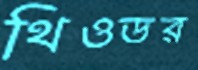
থিওডর